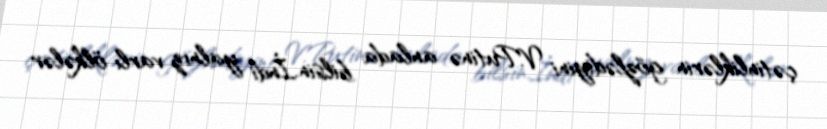
çətinliklərin gözlədiyini V.Putinə anlada bilsin.İndi yalnız varlı ölkələr